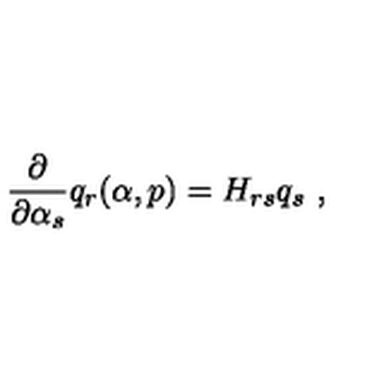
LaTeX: { \frac { \partial } { \partial \alpha _ { s } } } q _ { r } ( \alpha , p ) = H _ { r s } q _ { s } \ ,